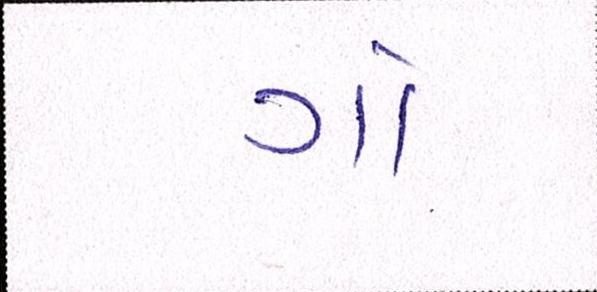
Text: ગો